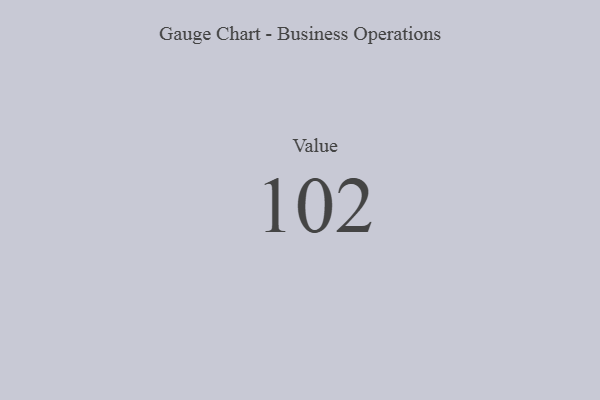
{"axis": {"x": "Metric", "y": "Value"}, "legend": [""], "data": [{"x": "Value", "y": 102, "type": ""}]}